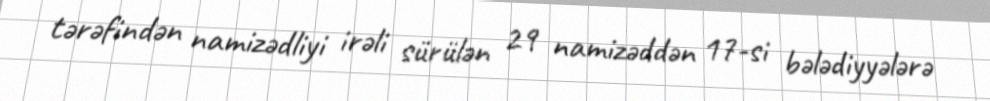
tərəfindən namizədliyi irəli sürülən 29 namizəddən 17-si bələdiyyələrə